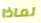
لماذا